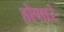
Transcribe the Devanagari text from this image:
होणारं